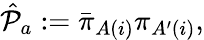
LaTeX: {\hat{\cal P}}_{a}:={\bar{\pi}}_{A(i)}{\pi}_{A^{\prime}(i)},